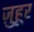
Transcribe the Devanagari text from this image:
ज़ुहूर